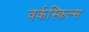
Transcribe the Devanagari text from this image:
वर्कस्किल्स